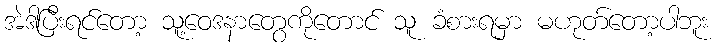
အဲဒါပြီးရင်တော့ သူ့ဝေဒနာတွေကိုတောင် သူ ခံစားရမှာ မဟုတ်တော့ပါဘူး